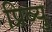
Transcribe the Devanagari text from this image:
प्रिव्यु